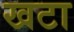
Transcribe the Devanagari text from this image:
खटा